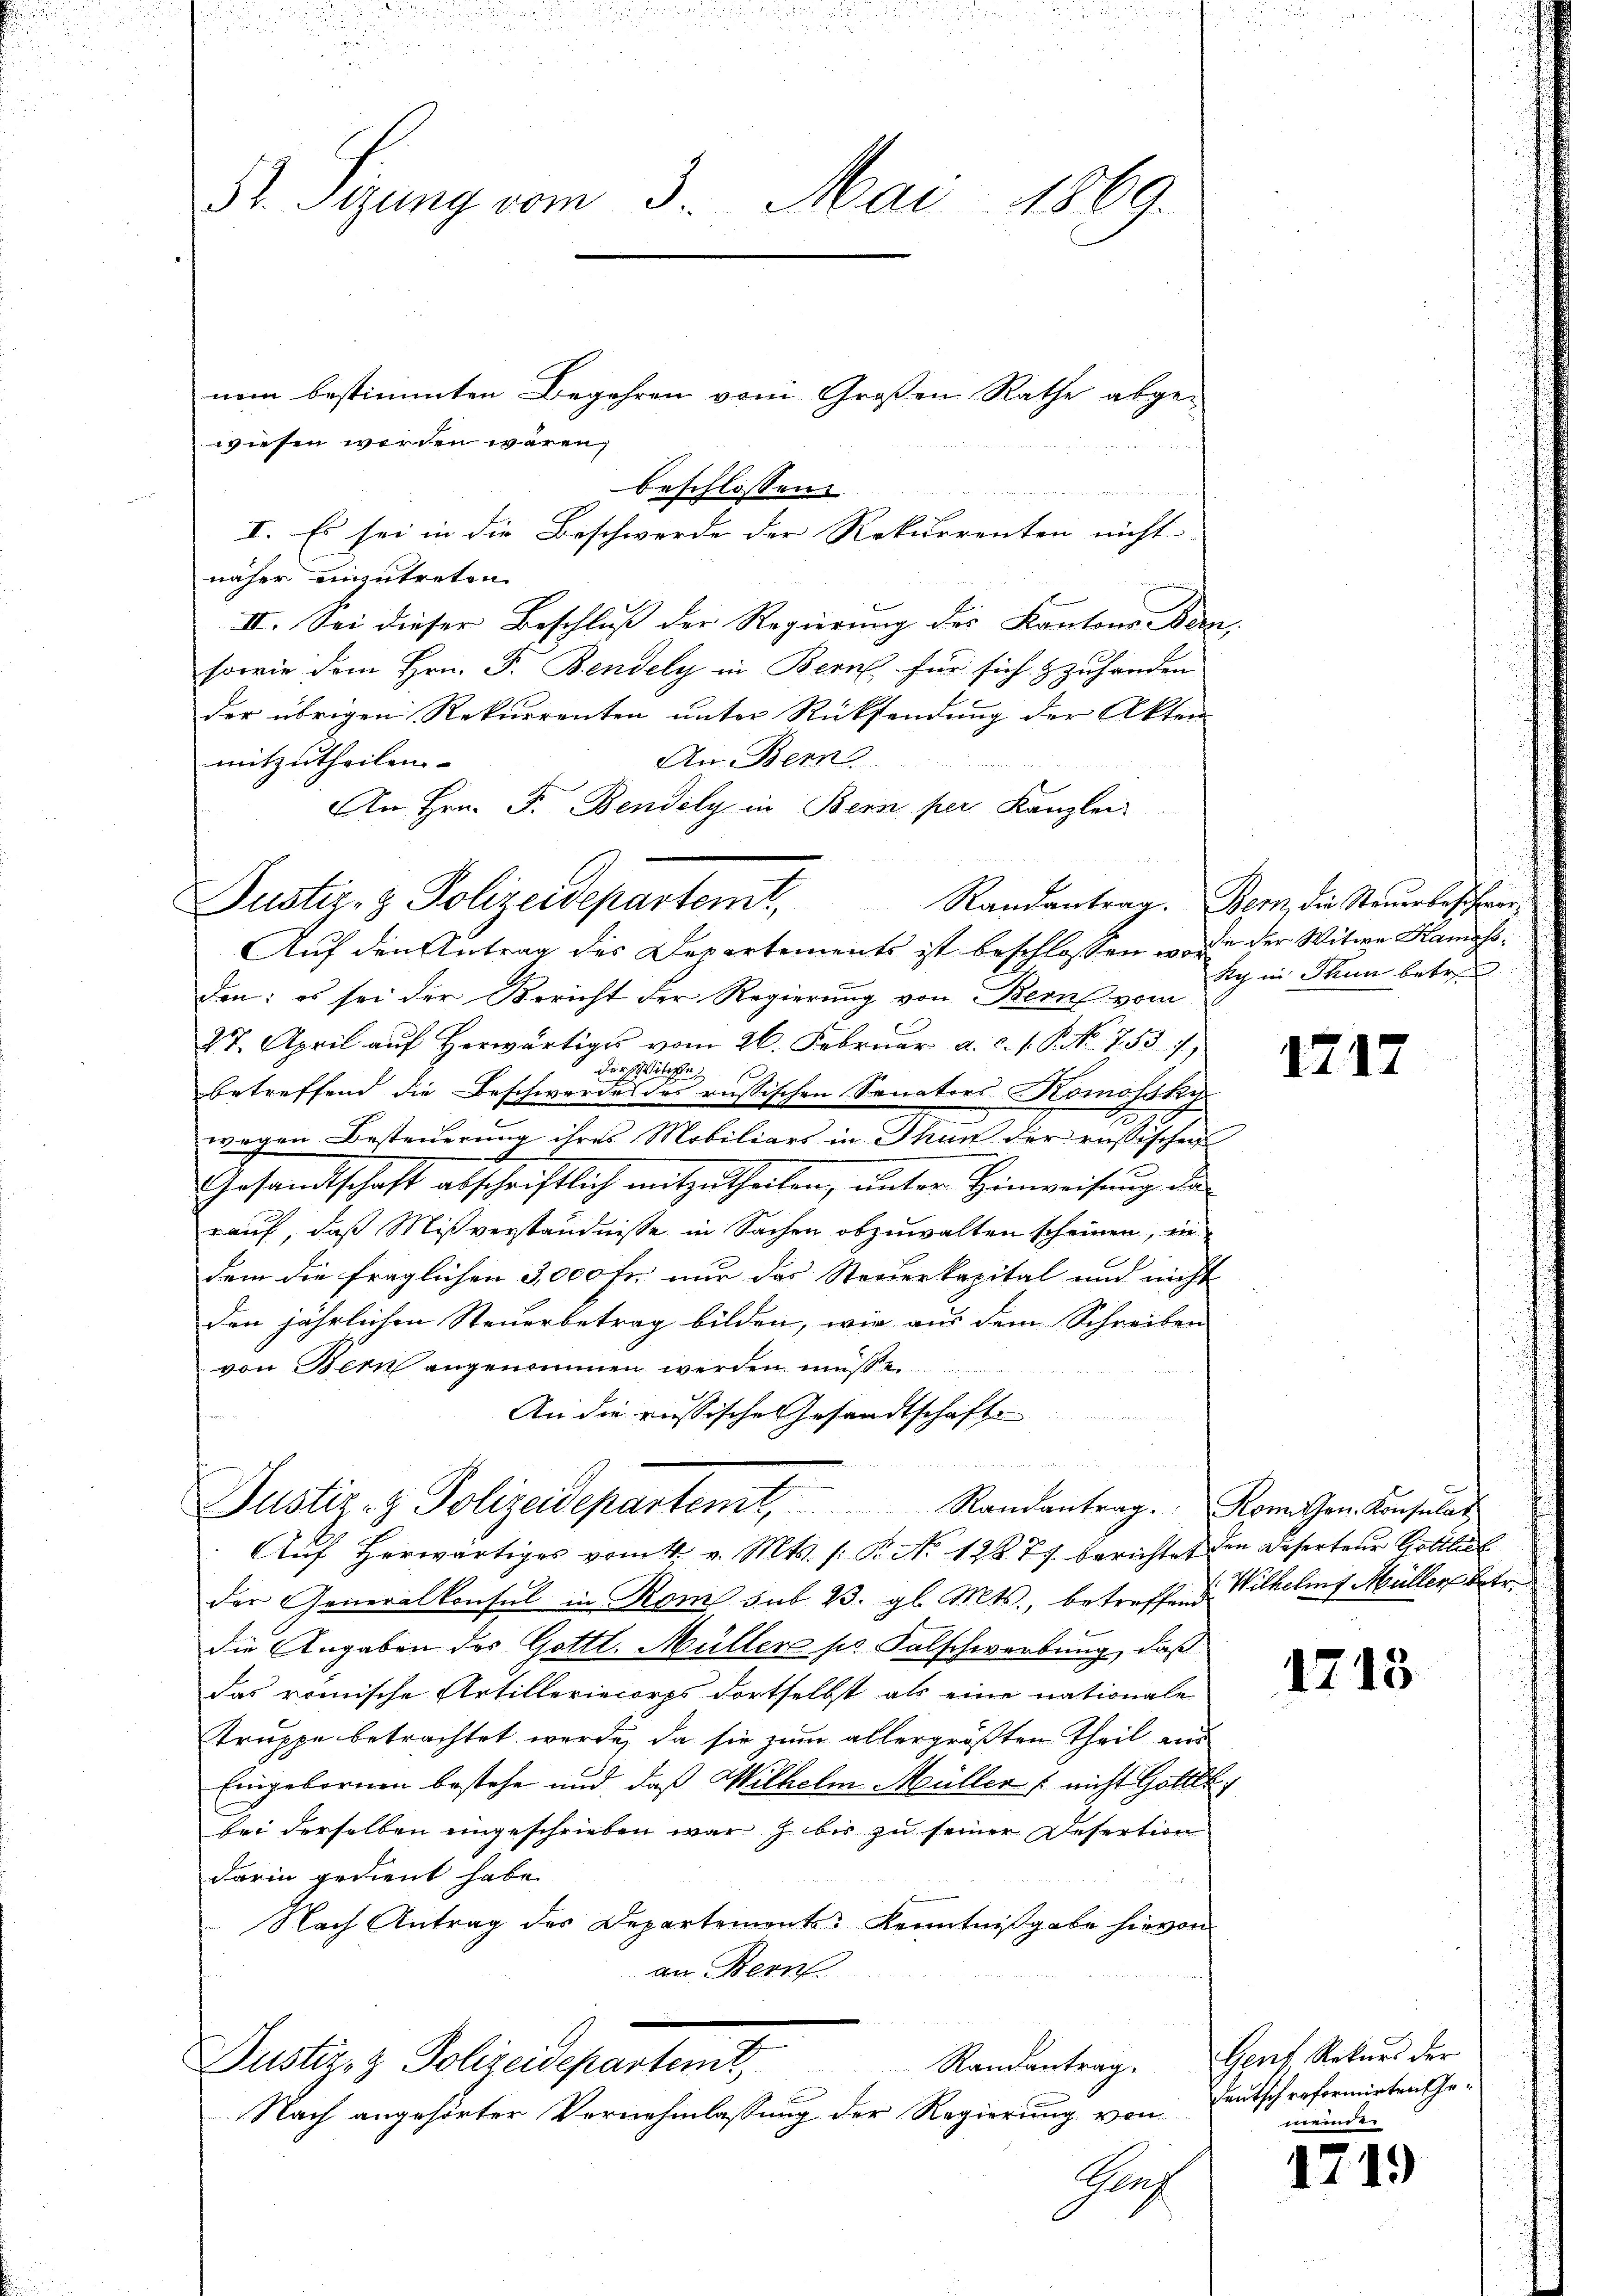
3t. Sizung vom 3. Mai 1869.

nem bestimmten Begehren vom Großen Rathe abgewiesen werden wären,
beschlossen:
I. Es sei in die Beschwerde der Rekurrenten nicht
näher einzutreten.
II. Sei dieser Beschluß der Regierung der Kantons Been
sowie dem Hrn. F. Bendely in Bern, für sich & zuhanden
der übrigen Rekurrenten unter Rücksendung der Akten
An Bern
mitzutheilen |
An Hrn. F. Bendely in Bern per Kanzlei
den: es sei der Bericht der Regierung von Bern vom
27. April auf Herwärtiges vom 26. Februar a. c. s. S. Nr. 755. 7
der Witte
betreffend die Beschwerde des russischen Senators-Komossky
.
wegen Besteuerung ihres Mobiliars in Thun der russischen
Gesandtschaft abschriftlich mitzutheilen, unter Hinweisung de
rauf, daß Mißverständnisse in Sachen abzuwalten scheinen, in
dem die fraglichen 3,000 Fr. nur das Reuerkapital und nicht
den jährlichen Steuerbetrag bilden, wie aus dem Schreiben
von Bern angenommen werden müßen.
An die russische Gesandtschaft

Justiz- & Polizeidepartent Randantrag. Romischen Konsult
Auf herwärtiges vom 4. v. Mts. s. Bro. 12877 berichtet den Deserteur Gottlich
der Generalkonsul in Rom sub 23. gl. Mts., betreffend
die Angaben des Gottl. Müller pr. Falschwerbung, daß
das römische Artilleriecorps dortselbst als eine nationale
Truppe betrachtet werde, da sie zum allergrößten Theil aus
Eingebornen bestehe und daß Wilhelm Müller (nicht Gollt
bei derselben eingeschrieben war bis zu seiner Desertion
darin gedient habe.
Nach Antrag des Departemonts Kenntnißgabe hievon
an Bern
Randantrag.
Justiz- & Polizeidepartemt
Nach angehörter Vernehmlassung der Regierung von
Graf

Justiz- & Polizeidepartemt, Randantrag. Dem die Steŭerbeschwer¬
Auf den Antrag des Departements ist beschlossen wor¬

.

de der Witwe Kamass
ky in Thun betre

1717

Wilhelm Müller betr.

1713

Gent Rekurs der
deutsch reformirten Gemeinde

1719